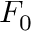
F _ { 0 }